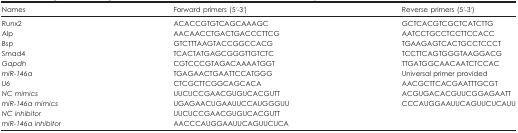
| Names | Forward primers (5ʹ-3ʹ) | Reverse primers (5ʹ-3ʹ) |
 | --- | --- | --- |
 | Runx2 | ACACCGTGTCAGCAAAGC | GCTCACGTCGCTCATCTTG |
 | Alp | AACAACCTGACTGACCCTTCG | AATCCTGCCTCCTTCCACC |
 | Bsp | GTCTTTAAGTACCGGCCACG | TGAAGAGTCACTGCCTCCCT |
 | Smad4 | TCACTATGAGCGGGTTGTCTC | TCCTTCAGTGGGTAAGGACG |
 | Gapdh | CGTCCCGTAGACAAAATGGT | TTGATGGCAACAATCTCCAC |
 | miR-146a | TGAGAACTGAATTCCATGGG | Universal primer provided |
 | U6 | CTCGCTTCGGCAGCACA | AACGCTTCACGAATTTGCGT |
 | NC mimics | UUCUCCGAACGUGUCACGUTT | ACGUGACACGUUCGGAGAATT |
 | miR-146a mimics | UGAGAACUGAAUUCCAUGGGUU | CCCAUGGAAUUCAGUUCUCAUU |
 | NC inhibitor | UUCUCCGAACGUGUCACGUTT |  |
 | miR-146a inhibitor | AACCCAUGGAAUUCAGUUCUCA |  |